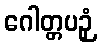
ဂေါတ္တပဉှံ